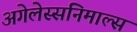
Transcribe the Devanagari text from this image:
अगेलेस्सनिमाल्स